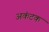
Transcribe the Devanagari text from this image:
अकंटक